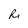
Character: R